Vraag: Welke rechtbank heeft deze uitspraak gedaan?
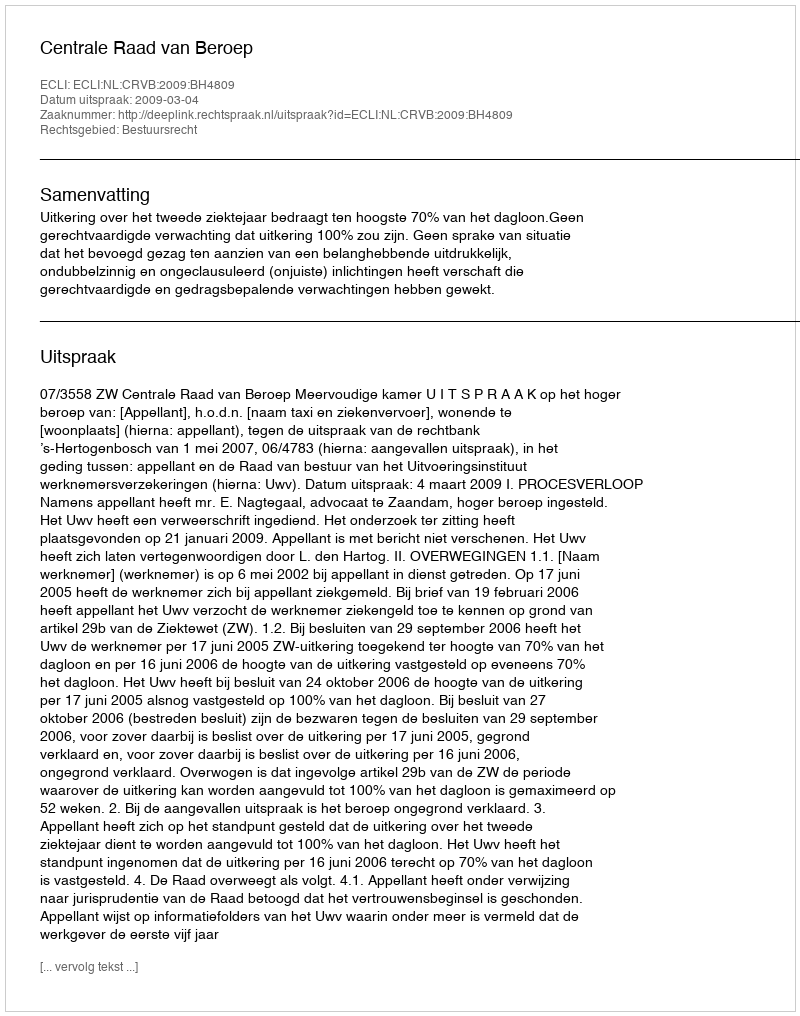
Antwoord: Centrale Raad van Beroep